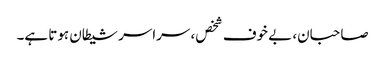
صاحبان، بے خوف شخص، سراسر شیطان ہوتا ہے۔